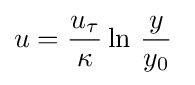
{u}={\frac {u_{\tau }}{\kappa }}\ln \,{\frac {y}{y_{0}}}\